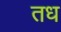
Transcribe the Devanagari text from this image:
तध